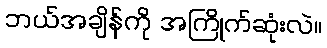
ဘယ်အချိန်ကို အကြိုက်ဆုံးလဲ။